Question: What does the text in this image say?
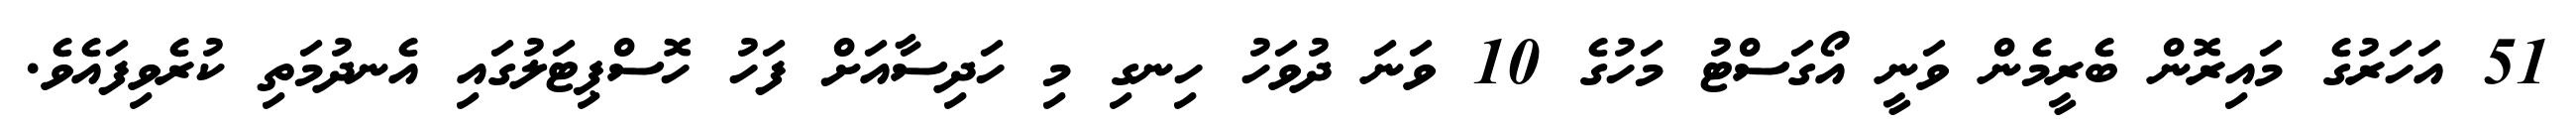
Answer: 51 އަހަރުގެ މައިރޮން ބެރީމެން ވަނީ އޯގަސްޓު މަހުގެ 10 ވަނަ ދުވަހު ހިނގި މި ހަދިސާއަށް ފަހު ހޮސްޕިޓަލުގައި އެނދުމަތި ކުރެވިފައެވެ.